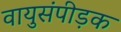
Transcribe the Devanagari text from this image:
वायुसंपीड़क